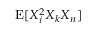
\operatorname { E } [ X _ { i } ^ { 2 } X _ { k } X _ { n } ]